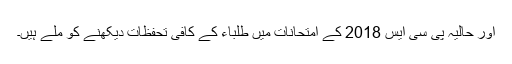
اور حالیہ پی سی ایس 2018 کے امتحانات میں طلباء کے کافی تحفظات دیکھنے کو ملے ہیں۔